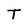
Character: T